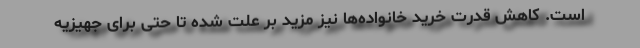
است. کاهش قدرت خرید خانواده‌ها نیز مزید بر علت شده تا حتی برای جهیزیه